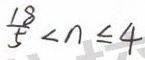
\frac { 1 8 } { 5 } < n \leq 4